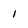
Character: 1